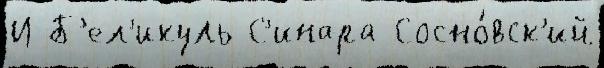
И Б'ел'икуль С'инара Сосно́вск'ий